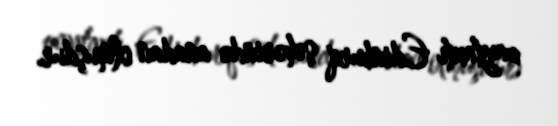
paytaxtı Edinburq şəhərində anadan olmuşdur.